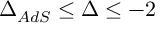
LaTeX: \Delta _ { A d S } \leq \Delta \leq - 2